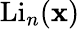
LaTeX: \operatorname{Li}_{n}(\mathbf{x})